Civil Veterinary Dept. Assam report 1927-50 - 1927-1950
Year: 1927
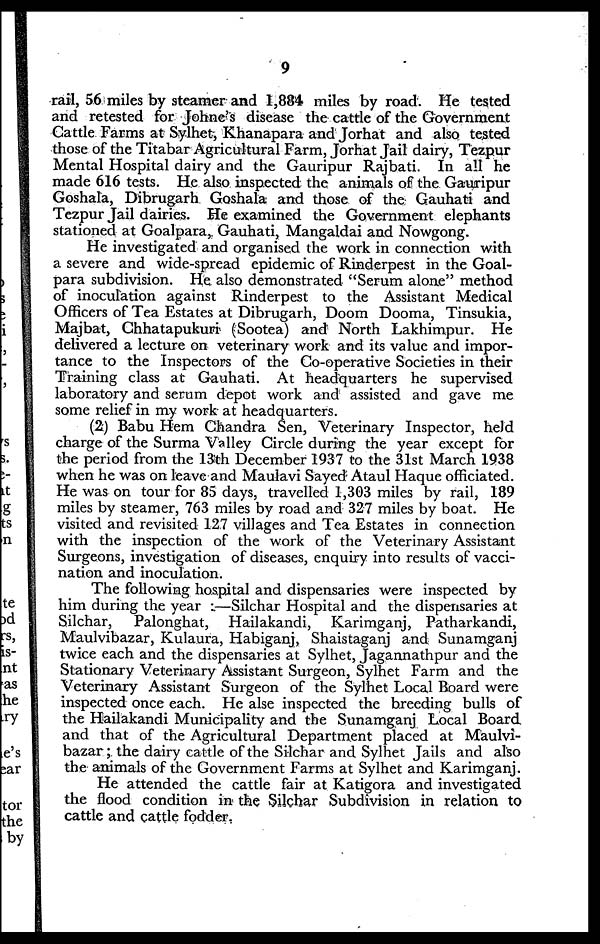
9
rail, 56 miles by steamer and 1,884 miles by road. He tested
and retested for Johne's disease the cattle of the Government
Cattle Farms at Sylhet, Khanapara and Jorhat and also tested
those of the Titabar Agricultural Farm, Jorhat Jail dairy, Tezpur
Mental Hospital dairy and the Gauripur Rajbati. In all he
made 616 tests. He also inspected the animals of the Gauripur
Goshala, Dibrugarh Goshala and those of the Gauhati and
Tezpur Jail dairies. He examined the Government elephants
stationed at Goalpara, Gauhati, Mangaldai and Nowgong.
He investigated and organised the work in connection with
a severe and wide-spread epidemic of Rinderpest in the Goal-
para subdivision. He also demonstrated "Serum alone" method
of inoculation against Rinderpest to the Assistant Medical
Officers of Tea Estates at Dibrugarh, Doom Doom, Tinsukia,
Majbat, Chhatapukuri (Sootea) and North Lakhimpur. He
delivered a lecture on veterinary work and its value and impor-
tance to the Inspectors of the Co-operative Societies in their
Training class at Gauhati. At headquarters he supervised
laboratory and serum depot work and assisted and gave me
some relief in my work at headquarters.
(2) Babu Hem Chandra Sen, Veterinary Inspector, held
charge of the Surma Valley Circle during the year except for
the period from the 13th December 1937 to the 31st March 1938
when he was on leave and Maulavi Saved Ataul Haque officiated.
He was on tour for 85 days, travelled 1,303 miles by rail, 189
miles by steamer, 763 miles by road and 327 miles by boat. He
visited and revisited 127 villages and Tea Estates in connection
with the inspection of the work of the Veterinary Assistant
Surgeons, investigation of diseases, enquiry into results of vacci-
nation and inoculation.
The following hospital and dispensaries were inspected by
him during the year:—Silchar Hospital and the dispensaries at
Silchar, Palonghat, Hailakandi, Karimganj, Patharkandi,
Maulvibazar, Kulaura, Habiganj, Shaistaganj and Sunamganj
twice each and the dispensaries at Sylhet, Jagannathpur and the
Stationary Veterinary Assistant Surgeon, Sylhet Farm and the
Veterinary Assistant Surgeon of the Sylhet Local Board were
inspected once each. He alse inspected the breeding bulls of
the Hailakandi Municipality and the Sunamganj Local Board
and that of the Agricultural Department placed at Maulvi-
bazar; the dairy cattle of the Silchar and Sylhet Jails and also
the animals of the Government Farms at Sylhet and Karimganj.
He attended the cattle fair at Katigora and investigated
the flood condition in the Silchar Subdivision in relation to
cattle and cattle fodder.